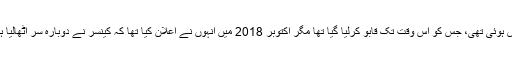
34 سالہ رومن رینز میں 22 سال کی عمر میں کینسر کی تشخیص ہوئی تھی، جس کو اس وقت تک قابو کرلیا گیا تھا مگر اکتوبر 2018 میں انہوں نے اعلان کیا تھا کہ کینسر نے دوبارہ سر اٹھالیا ہے اور انہوں نے ریسلنگ کو عارضی طور پر خیرباد کہہ دیا تھا۔